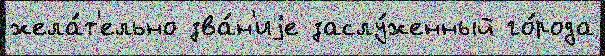
жела́т'ельно зва́н'иjе заслу́женный го́рода